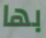
بها